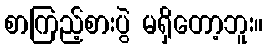
စာကြည့်စားပွဲ မရှိတော့ဘူး။